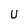
Character: U